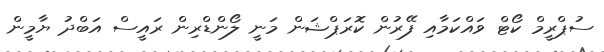
ސުޕްރީމް ކޯޓް ވައްކަމާއި ފޭރުން ކޮރަޕްޝަން މަނީ ލޯންޑްރިން ރައީސް އަބްދު ޔާމީން